Code of medical and sanitary regulations for the guidance of medical officers serving in the Madras Presidency - Volume II
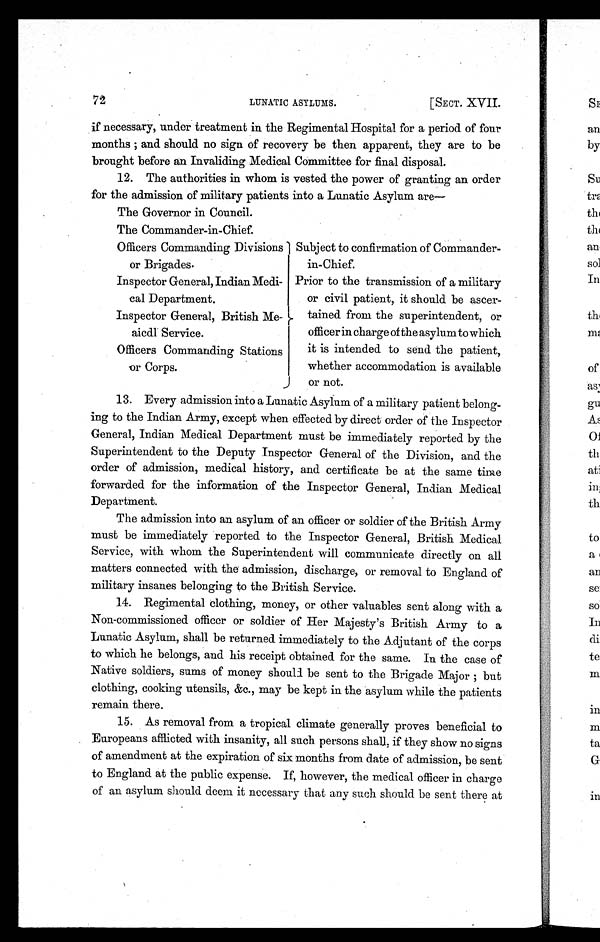
72 LUNATIC ASYLUMS. [SECT. XVII.
if necessary, under treatment in the Regimental Hospital for a period of four
months; and should no sign of recovery be then apparent, they are to be
brought before an Invaliding Medical Committee for final disposal.
12. The authorities in whom is vested the power of granting an order
for the admission of military patients into a Lunatic Asylum are
The Governor in Council.
The Commander-in-Chief.
Officers Commanding Divisions
or Brigades
Subject to confirmation of Commander-
in-Chief.
Inspector General, Indian Medi-
cal Department.
Prior to the transmission of a military
or civil patient, it should be ascer-
Inspector General, British Me-
aicdl Service.
tained from the superintendent, or
officer in charge of the asylum to which
Officers Commanding Stations
or Corps.
it is intended to send the patient,
whether accommodation is available
or not.
13.
13. Every admission into a Lunatic Asylum of a military patient belong-
ing to the Indian Army, except when effected by direct order of the Inspector
General, Indian Medical Department must be immediately reported by the
Superintendent to the Deputy Inspector General of the Division, and the
order of admission, medical history, and certificate be at the same time
forwarded for the information of the Inspector General, Indian Medical
Department.
The admission into an asylum of an officer or soldier of the British Army
must be immediately reported to the Inspector General, British. Medical
Service, with whom the Superintendent will communicate directly on all
matters connected with the admission, discharge, or removal to England of
military insanes belonging to the British Service.
14. Regimental clothing, money, or other valuables sent along with a
Non-commissioned officer or soldier of Her Majesty's British Army to a
Lunatic Asylum, shall be returned immediately to the Adjutant of the corps
to which he belongs, and his receipt obtained for the same. In the case of
Native soldiers, sums of money should be sent to the Brigade Major ; but
clothing, cooking utensils, &c., may be kept in the asylum while the patients
remain there.
15. As removal from a tropical climate generally proves beneficial to
Europeans afflicted with insanity, all such persons shall, if they show no signs
of amendment at the expiration of six months from date of admission, be sent
to England at the public expense. If, however, the medical officer in charge
of an asylum should deem it necessary that any such should be sent there at